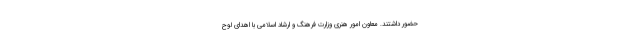
حضور داشتند. معاون امور هنری وزارت فرهنگ و ارشاد اسلامی با اهدای لوح